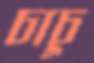
চাচু